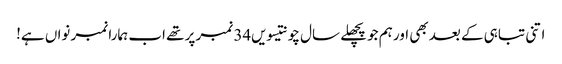
اتنی تباہی کے بعد بھی اور ہم جو پچھلے سال چونتیسویں34 نمبر پر تھے اب ہمارا نمبر نواں ہے!